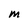
Character: M